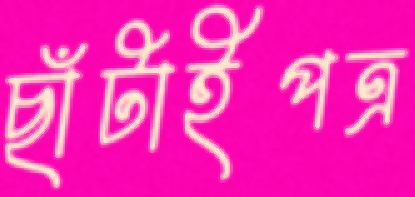
ছাঁটাইপত্র